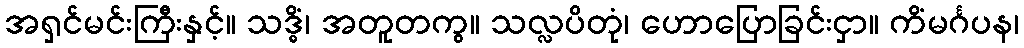
အရှင်မင်းကြီးနှင့်။ သဒ္ဓိံ၊ အတူတကွ။ သလ္လပိတုံ၊ ဟောပြောခြင်းငှာ။ ကိံမင်္ဂပန၊